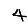
Digit: 4